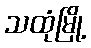
သထုံမြို့